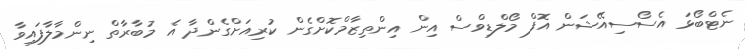
ނެޓްބޯޅަ އެސޯސިއޭޝަން އޮފް މޯލްޑިވްސް އިން އިންތިޒާމްކޮށްގެން ކުރިއަށްގެންދާ އެ މުބާރާތް ނިންމާލާފައިވާ